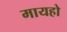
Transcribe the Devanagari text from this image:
मायहो